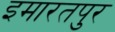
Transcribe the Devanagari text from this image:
इमारतपुर